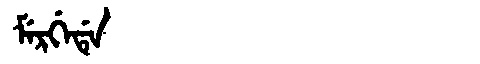
Manchu: ᠮᡝᡵᡤᡝᡩᡝ
Romanization: MERGEDE